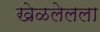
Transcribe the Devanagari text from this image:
खेळलेलला